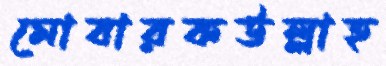
মোবারকউল্লাহ